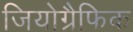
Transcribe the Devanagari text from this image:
जियोग्रैफिक